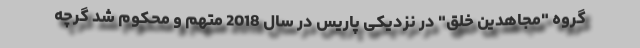
گروه "مجاهدین خلق" در نزدیکی پاریس در سال 2018 متهم و محکوم شد گرچه